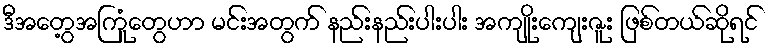
ဒီအတွေ့အကြုံတွေဟာ မင်းအတွက် နည်းနည်းပါးပါး အကျိုးကျေးဇူး ဖြစ်တယ်ဆိုရင်